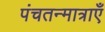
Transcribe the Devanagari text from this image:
पंचतन्मात्राएँ